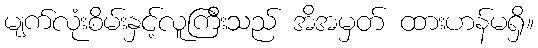
မျက်လုံးစိမ်းနှင့်လူကြီးသည် အိအမှတ် ထားဟန်မရှိ။